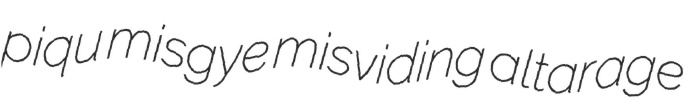
piqu misgye misviding altarage